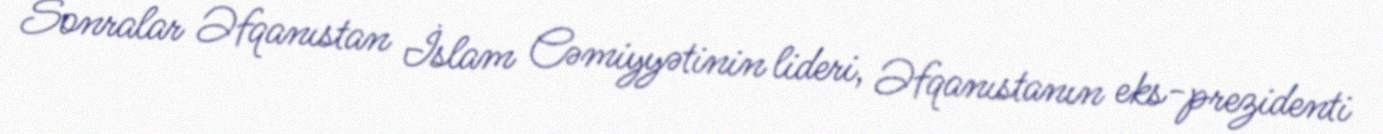
Sonralar Əfqanıstan İslam Cəmiyyətinin lideri, Əfqanıstanın eks-prezidenti